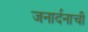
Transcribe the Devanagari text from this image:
जनार्दनाची